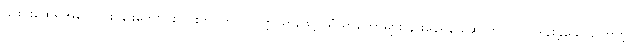
၎င်းင်းထေရ်အလောင်း နွားကျောင်းသားဘဝတွင် ကုက္ကိုသားဖြင့် သံဃာတော်များ နားနေရန် ဆောက်လုပ်လှူဒါန်းခဲ့သောကြောင့်